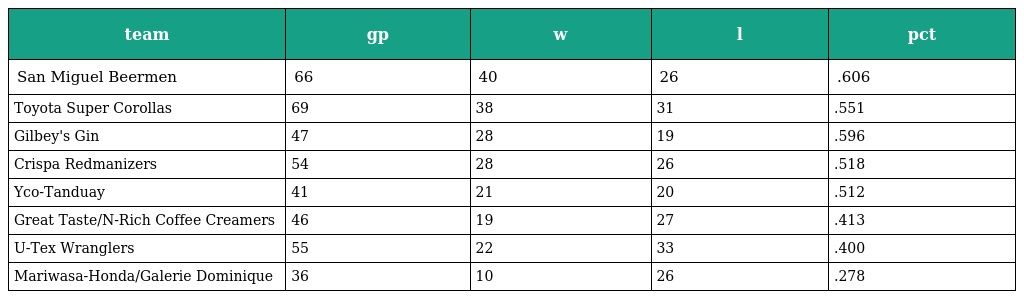
| team | gp | w | l | pct |
 | --- | --- | --- | --- | --- |
 | San Miguel Beermen | 66 | 40 | 26 | .606 |
 | Toyota Super Corollas | 69 | 38 | 31 | .551 |
 | Gilbey's Gin | 47 | 28 | 19 | .596 |
 | Crispa Redmanizers | 54 | 28 | 26 | .518 |
 | Yco-Tanduay | 41 | 21 | 20 | .512 |
 | Great Taste/N-Rich Coffee Creamers | 46 | 19 | 27 | .413 |
 | U-Tex Wranglers | 55 | 22 | 33 | .400 |
 | Mariwasa-Honda/Galerie Dominique | 36 | 10 | 26 | .278 |